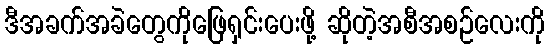
ဒီအခက်အခဲတွေကိုဖြေရှင်းပေးဖို့ ဆိုတဲ့အစီအစဉ်လေးကို